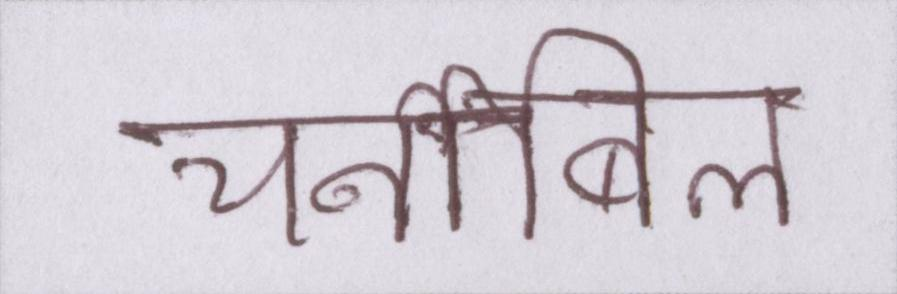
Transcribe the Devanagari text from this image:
चर्नोबिल